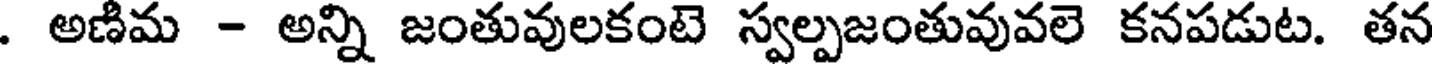
. అణిమ - అన్ని జంతువులకంటె స్వల్పజంతువువలె కనపడుట. తన